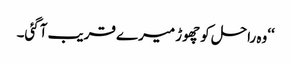
‘‘وہ راحل کو چھوڑ میرے قریب آگئی۔